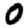
Digit: 0